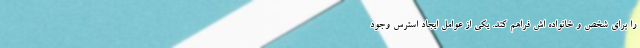
را برای شخص و خانواده اش فراهم کند. یکی از عوامل ایجاد استرس وجود